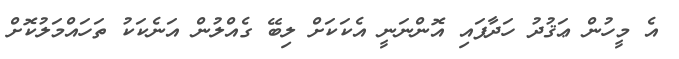
އެ މީހުން ޢަޤުދު ހަދާފައި އޮންނަނީ އެކަކަށް ލިބޭ ގެއްލުން އަނެކަކު ތަހައްމަލުކޮށް